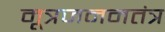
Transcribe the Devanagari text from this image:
मूत्रजननतंत्र